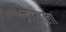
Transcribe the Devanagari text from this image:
जामला